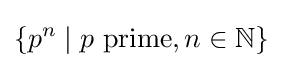
\{p^{n}\mid p{\text{ prime}},n\in \mathbb {N} \}